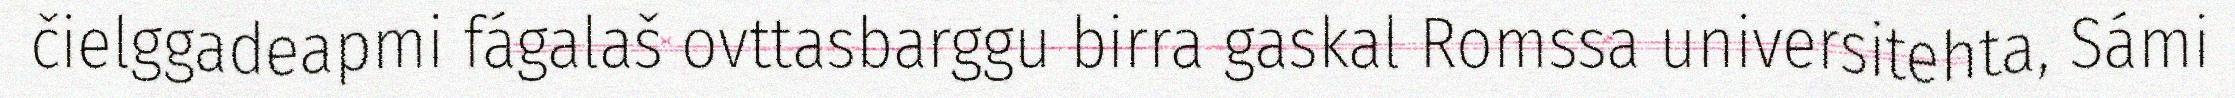
čielggadeapmi fágalaš ovttasbarggu birra gaskal Romssa universitehta, Sámi